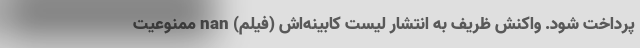
پرداخت شود. واکنش ظریف به انتشار لیست کابینه‌اش (فیلم) nan ممنوعیت